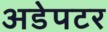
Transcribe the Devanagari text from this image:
अडेपटर